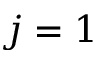
j = 1